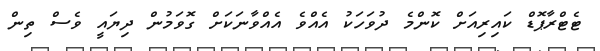
ޓެޓްރާޕޮޑް ކައިރިއަށް ކޮންމެ ދުވަހަކު އެއްވެ އެއްވާނަކަށް ގޮވަމުން ދިޔައީ ވެސް ތިން